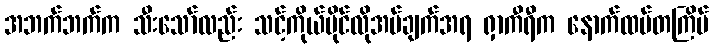
အဘက်ဘက်က သီးသော်လည်း သင့်ကိုယ်ပိုင်လိုအပ်ချက်အရ ရှာကီရီက နောက်ထပ်တကြိမ်